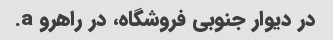
در دیوار جنوبی فروشگاه، در راهرو a.